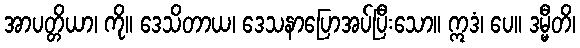
အာပတ္တိယာ၊ ကို။ ဒေသိတာယ၊ ဒေသနာပြောအပ်ပြီးသော။ ဣဒံ၊ ပေ။ ဒမ္မီတိ၊